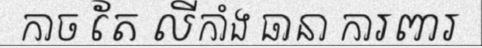
កាច តែ លីកាំង ធានា ការពារ